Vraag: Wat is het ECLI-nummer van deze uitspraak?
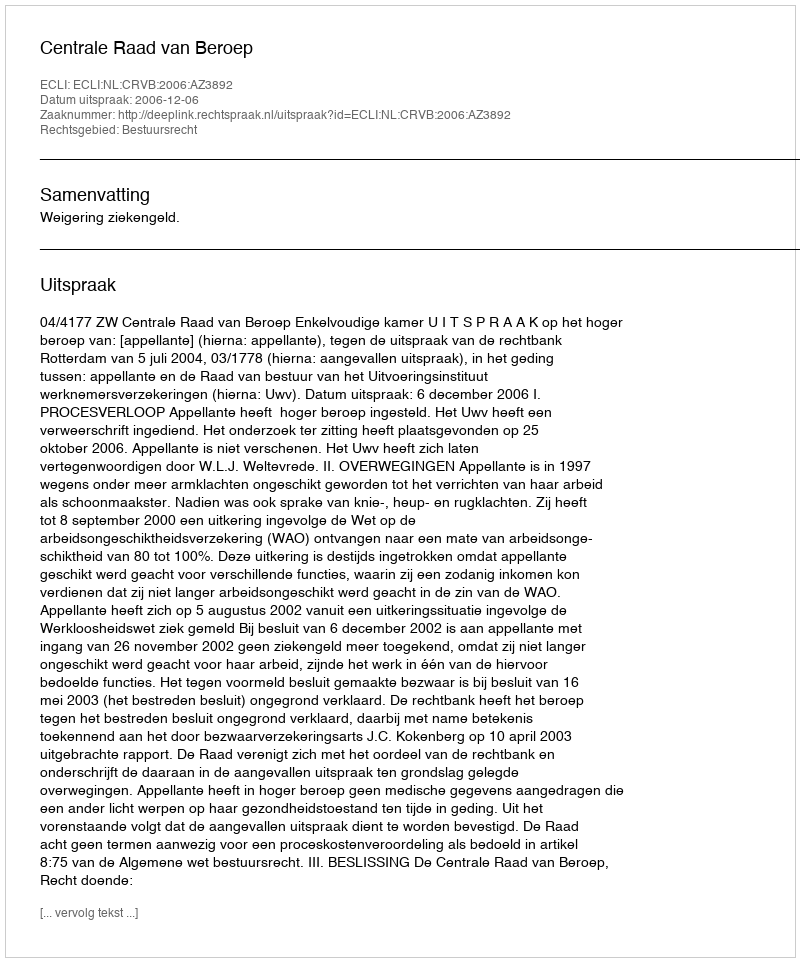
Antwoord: ECLI:NL:CRVB:2006:AZ3892